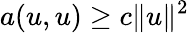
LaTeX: a(u,u)\geq c\| u\| ^{2}